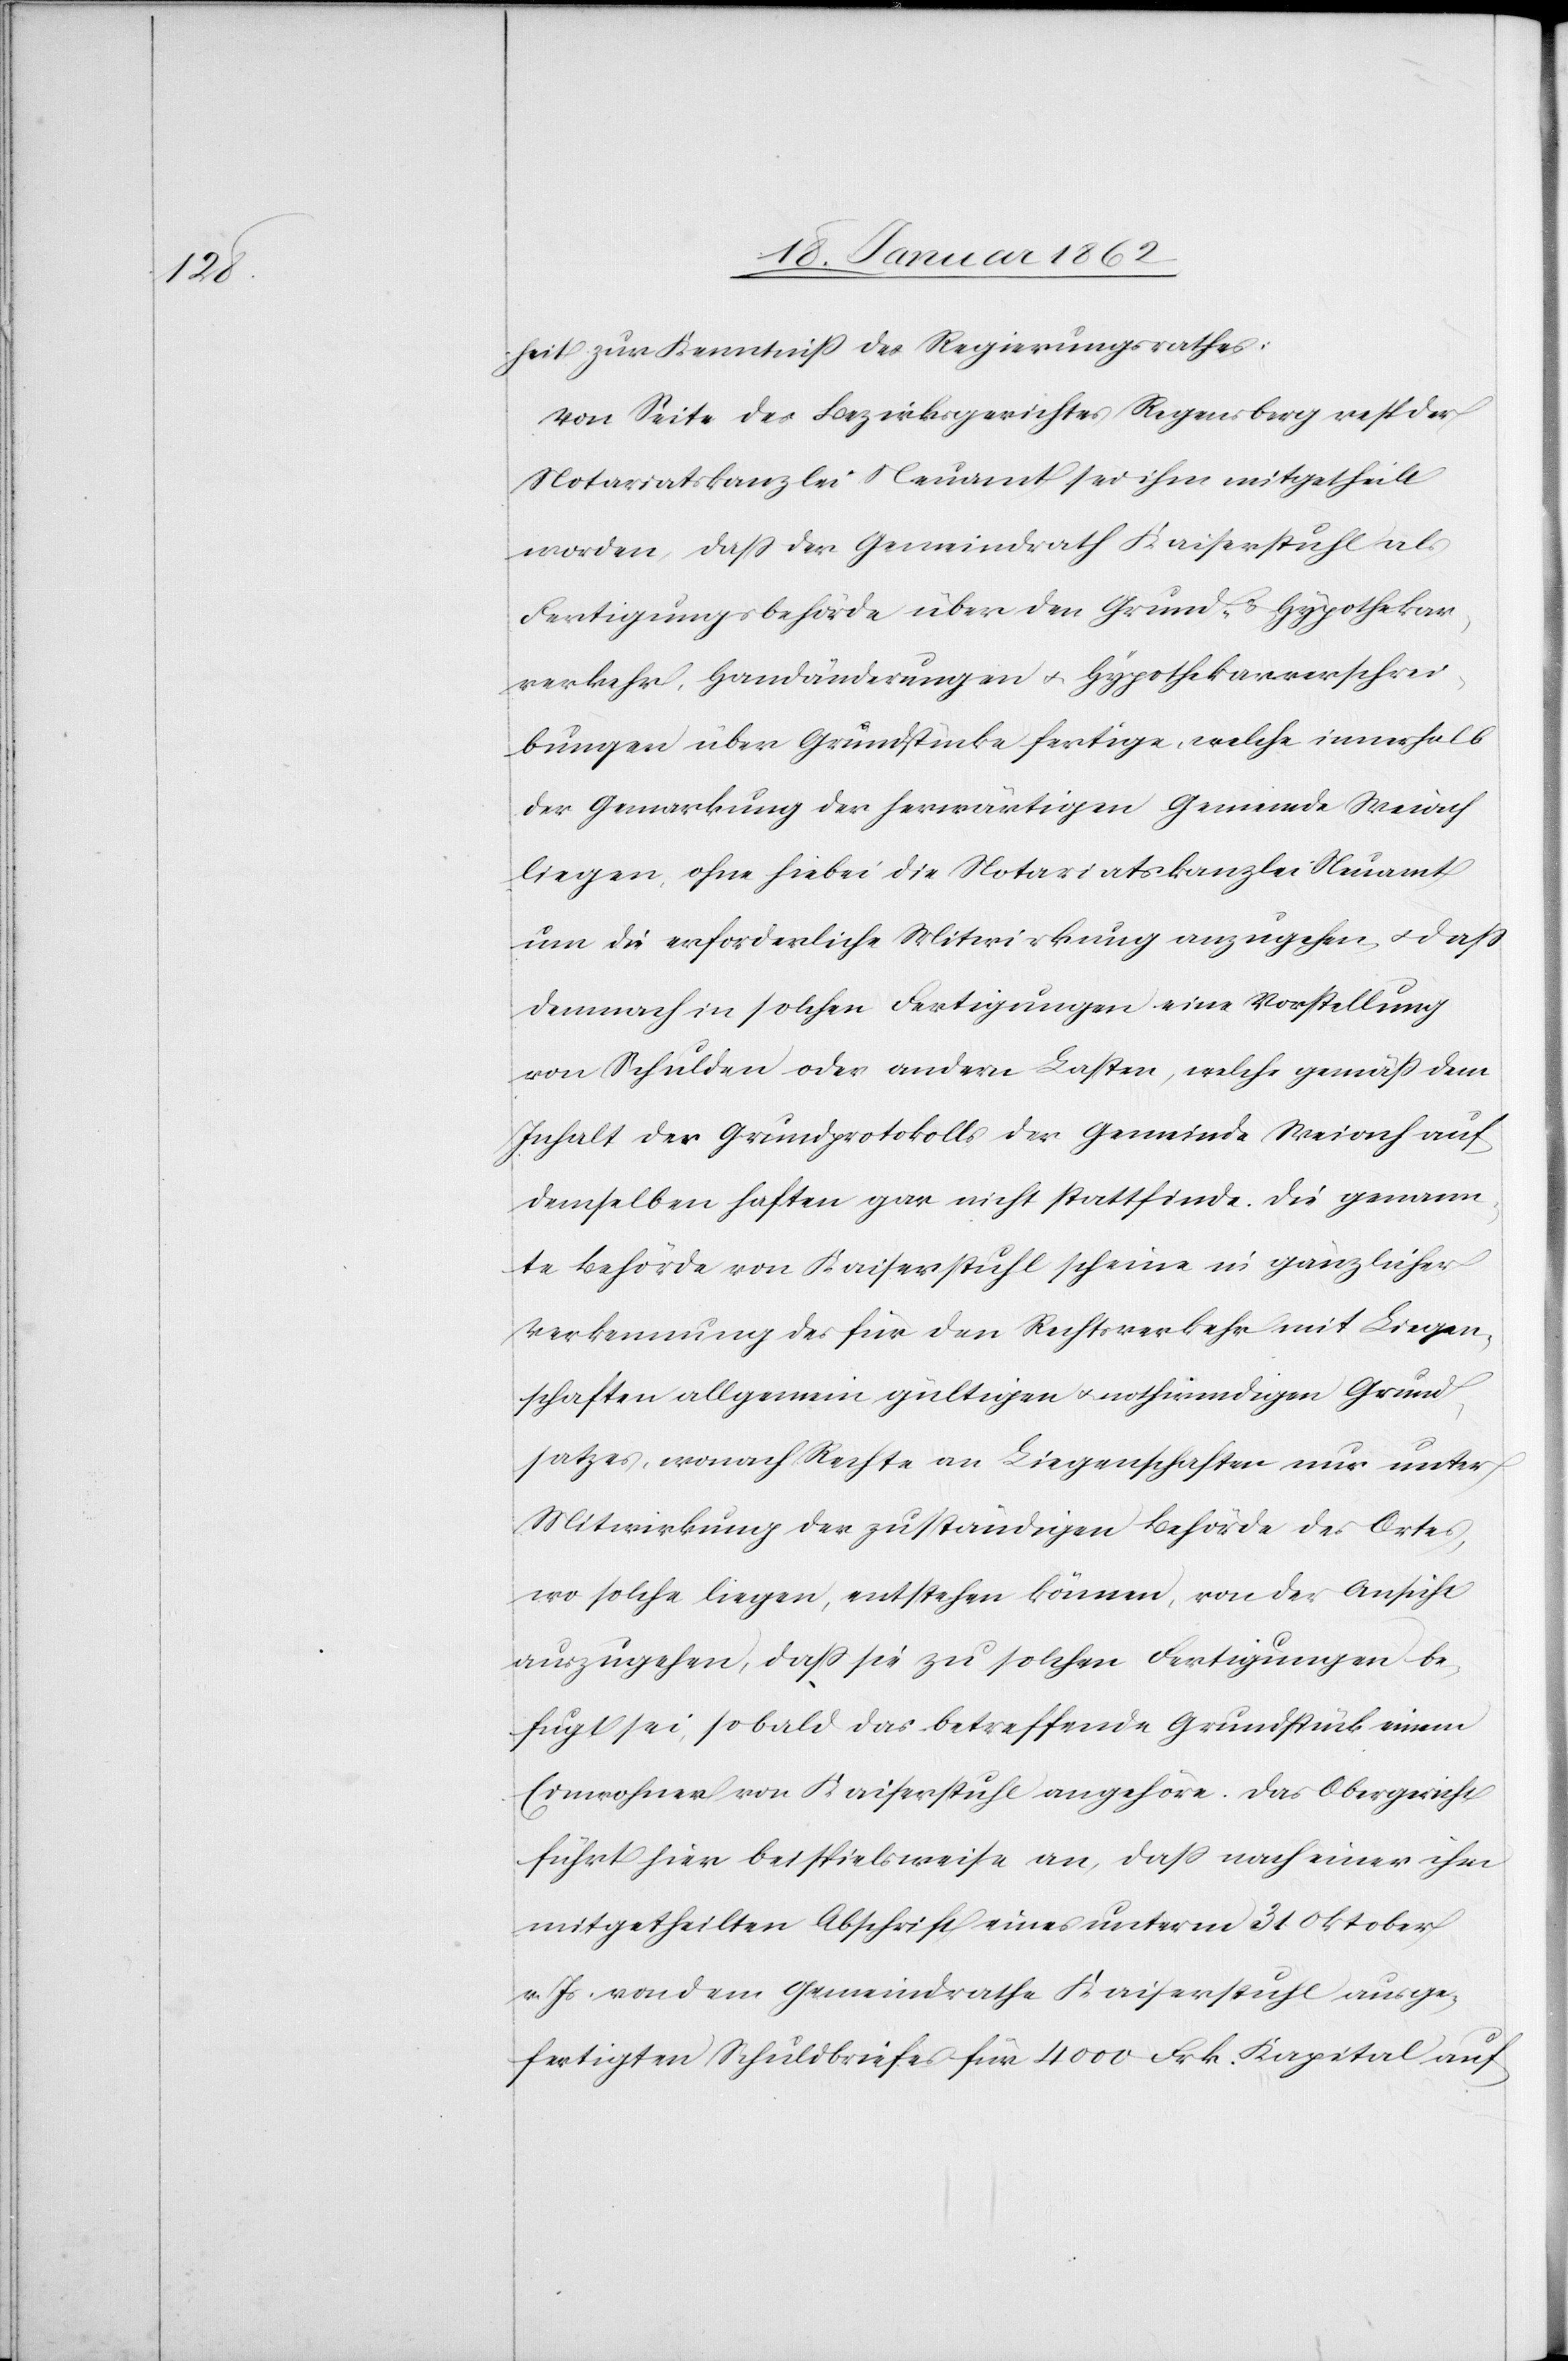
heit zur Kenntniß des Regierungsrathes:
Von Seite des Bezirksgerichtes Regensberg resp. der
Notariatskanzlei Neuamt sei ihm mitgetheilt
worden, daß der Gemeindrath Kaiserstuhl als
Fertigungsbehörde über den Grund- u. Hypothekar¬
verkehr, Handänderungen u. Hypothekarverschrei¬
bungen über Grundstücke fertige, welche innerhalb
der Gemarkung der herwärtigen Gemeinde Weiach
liegen, ohne hiebei die Notariatskanzlei Neuamt
um die erforderliche Mitwirkung anzugehen, u. daß
demnach in solchen Fertigungen eine Vorstellung
von Schulden oder andern Lasten, welche gemäß dem
Inhalt des Grundprotokolls der Gemeinde Weiach auf
demselben haften gar nicht stattfinde. Die genann¬
te Behörde von Kaiserstuhl scheine in gänzlicher
Verkennung des für den Rechtsverkehr mit Liegen¬
schaften allgemein gültigen u. nothwendigen Grund¬
satzes, wonach Rechte an Liegenschaften nur unter
Mitwirkung der zuständigen Behörde des Ortes,
wo solche liegen, entstehen können, von der Ansicht
auszugehen, daß sie zu solchen Fertigungen be¬
fugt sei, sobald das betreffende Grundstück einem
Einwohner von Kaiserstuhl angehöre. Das Obergericht
führt hier beispielsweise an, daß nach einer ihm
mitgetheilten Abschrift eines unterm 31 Oktober
v. Js. von dem Gemeindrathe Kaiserstuhl ausge¬
fertigten Schulbriefes für 4000 Frk. Kapital auf